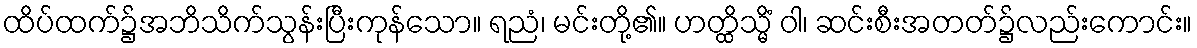
ထိပ်ထက်၌အဘိသိက်သွန်းပြီးကုန်သော။ ရညံ၊ မင်းတို့၏။ ဟတ္ထိသ္မိံ ဝါ၊ ဆင်းစီးအတတ်၌လည်းကောင်း။